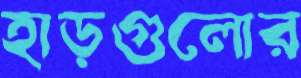
হাড়গুলোর